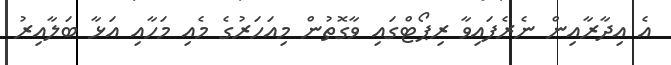
އެ އިދާރާއިން ނެރެފައިވާ ރިޕޯޓްގައި ވާގޮތުން މިއަހަރުގެ މެއި މަހާއި އަޅާ ބަލާއިރު